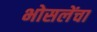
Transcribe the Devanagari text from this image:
भोसलेंचा